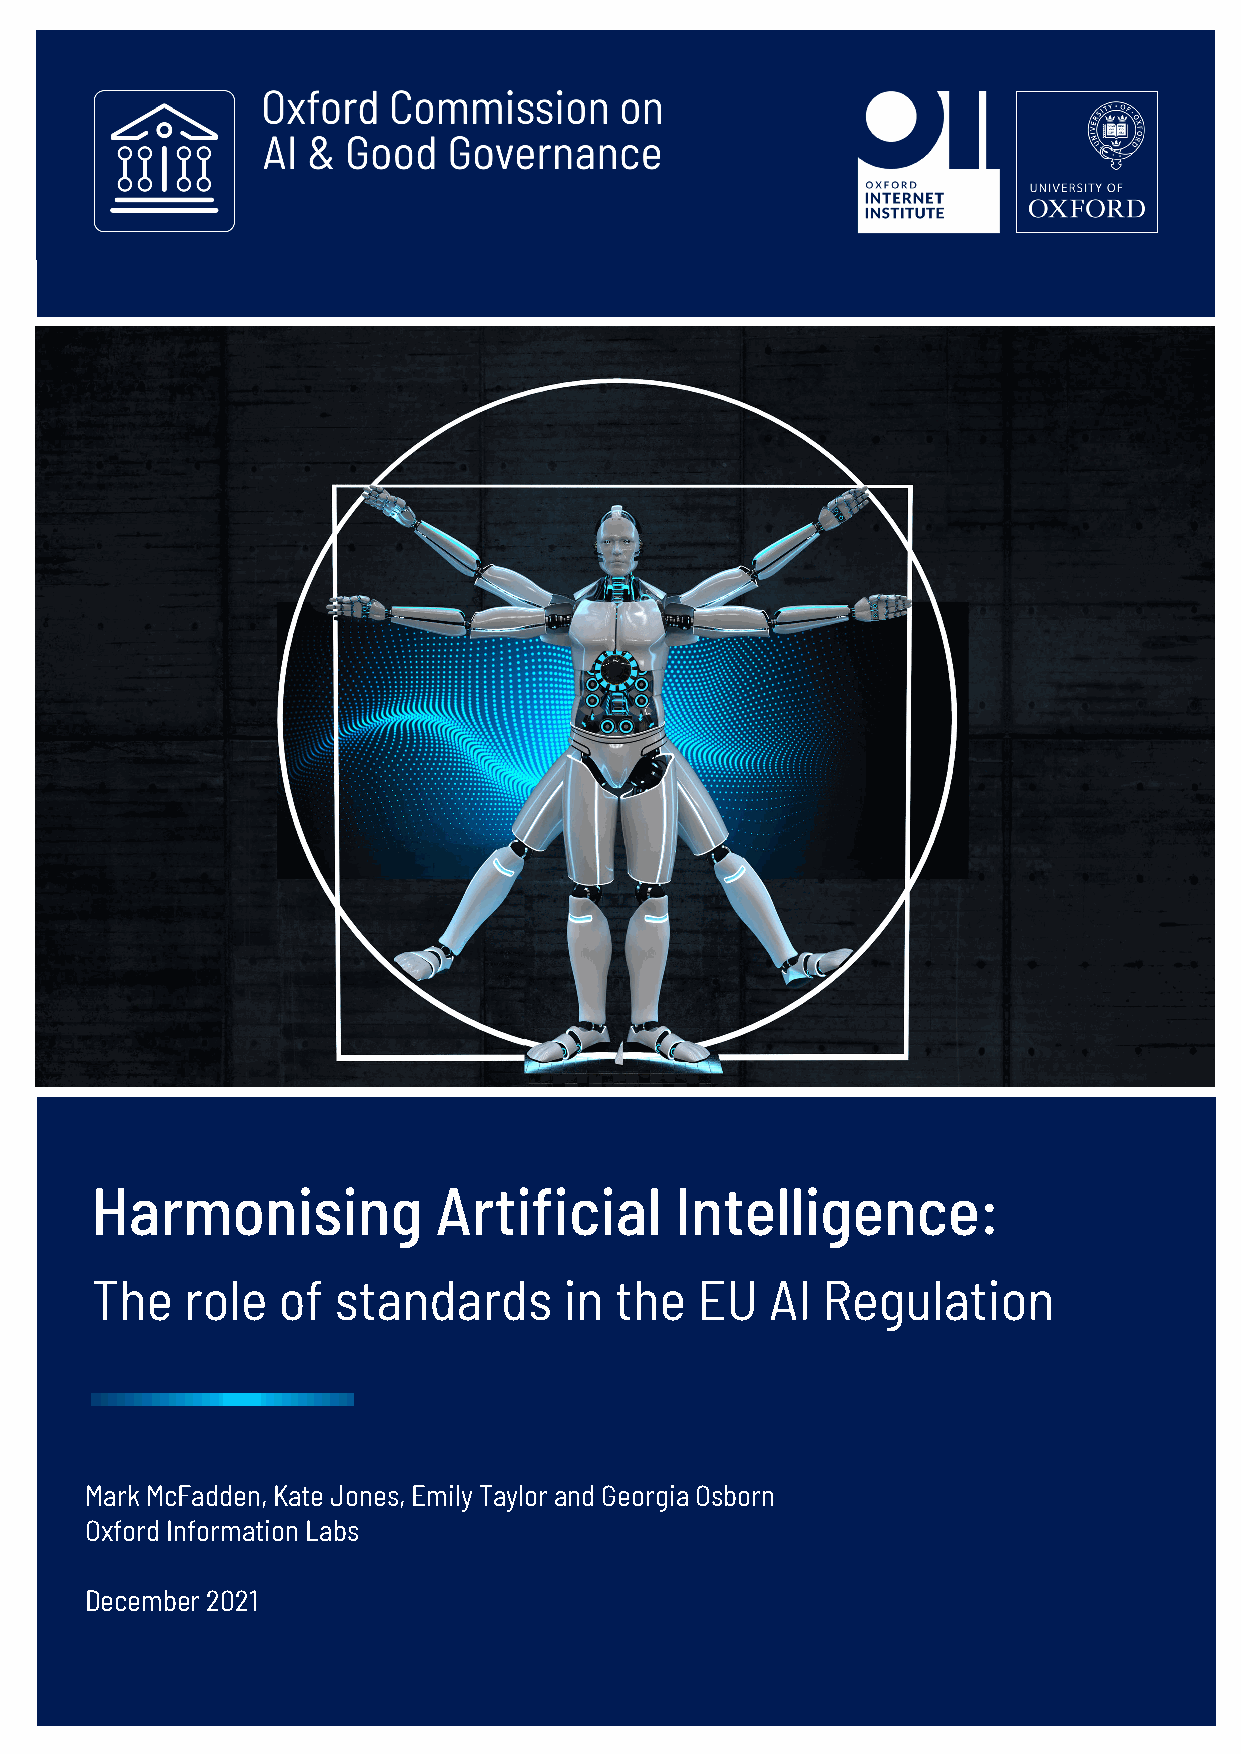
GSHlauorrbmvaeol inAllitastinintcuged A earstsi fiT aoc wiSaael rIrndvtsiec AleliIg, eMnacceh:i ne
 Learning         &  Automated            Decision        Making
 The   role  of  standards      in  the  EU   AI Regulation
 The  European     AI-Assisted   Mass   Surveillance   Marketplace
 Implications  for Involving Artificial Intelligence
 Yung Au
 Minar kP MucbFalidcd eSne, Kravteic Jeon aesn, dEm Gilyo Toadyl oGr aonvde Grenoragniac Oesb orn
 November 2021
 Oxford Information Labs
 DLeiscae-mMabreiar N2e0u2d1ert, Aleksi Knuutila, Philip N. Howard
 7 October 2020